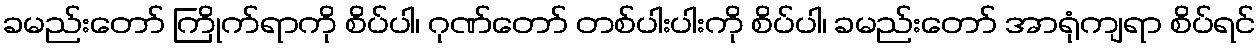
ခမည်းတော် ကြိုက်ရာကို စိပ်ပါ၊ ဂုဏ်တော် တစ်ပါးပါးကို စိပ်ပါ၊ ခမည်းတော် အာရုံကျရာ စိပ်ရင်